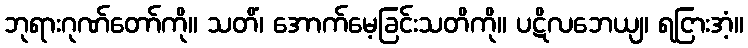
ဘုရားဂုဏ်တော်ကို။ သတိံ၊ အောက်မေ့ခြင်းသတိကို။ ပဋိလဘေယျ၊ ရငြားအံ့။